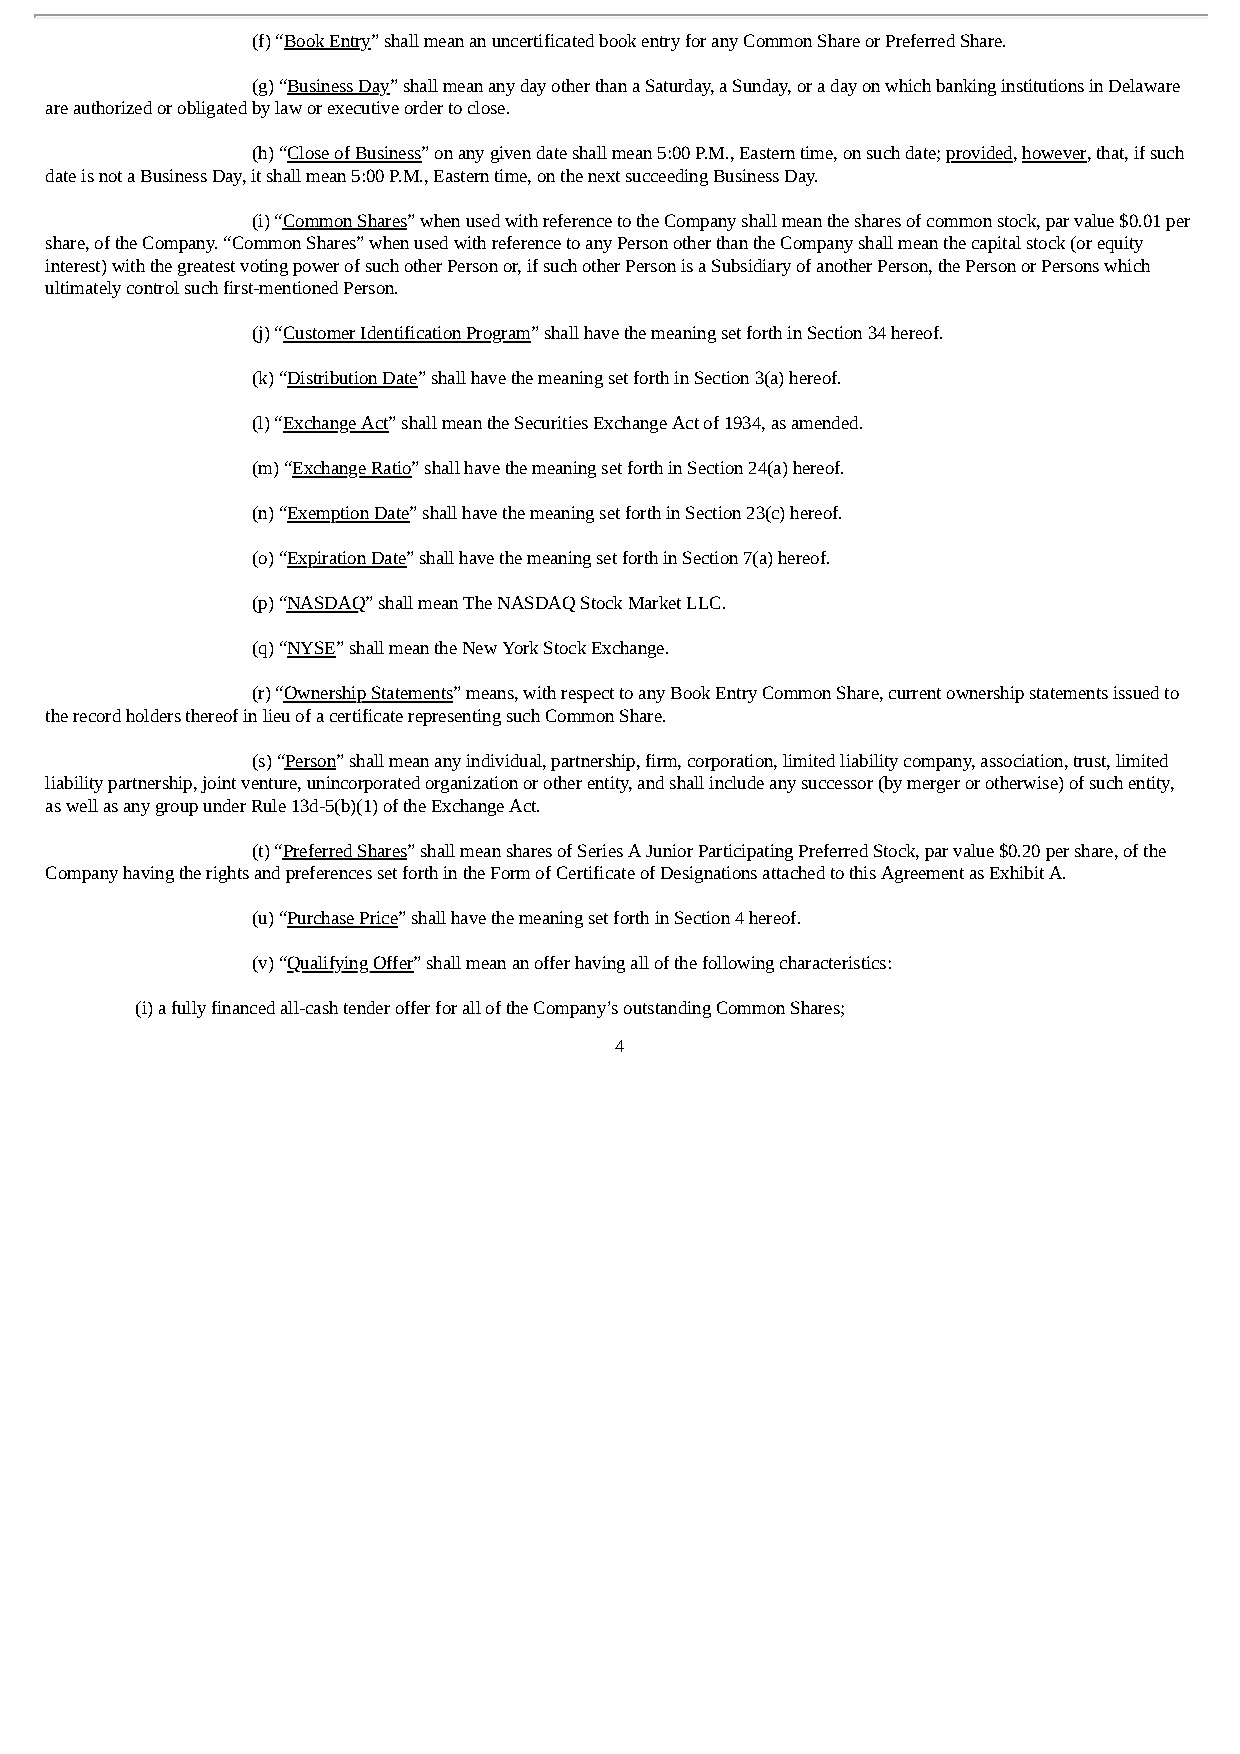
(f) “Book Entry” shall mean an uncertificated book entry for any Common Share or Preferred Share.
 (g) “Business Day” shall mean any day other than a Saturday, a Sunday, or a day on which banking institutions in Delaware
 are authorized or obligated by law or executive order to close.
 (h) “Close of Business” on any given date shall mean 5:00 P.M., Eastern time, on such date; provided, however, that, if such
 date is not a Business Day, it shall mean 5:00 P.M., Eastern time, on the next succeeding Business Day.
 (i) “Common Shares” when used with reference to the Company shall mean the shares of common stock, par value $0.01 per
 share, of the Company. “Common Shares” when used with reference to any Person other than the Company shall mean the capital stock (or equity
 interest) with the greatest voting power of such other Person or, if such other Person is a Subsidiary of another Person, the Person or Persons which
 ultimately control such first-mentioned Person.
 (j) “Customer Identification Program” shall have the meaning set forth in Section 34 hereof.
 (k) “Distribution Date” shall have the meaning set forth in Section 3(a) hereof.
 (l) “Exchange Act” shall mean the Securities Exchange Act of 1934, as amended.
 (m) “Exchange Ratio” shall have the meaning set forth in Section 24(a) hereof.
 (n) “Exemption Date” shall have the meaning set forth in Section 23(c) hereof.
 (o) “Expiration Date” shall have the meaning set forth in Section 7(a) hereof.
 (p) “NASDAQ” shall mean The NASDAQ Stock Market LLC.
 (q) “NYSE” shall mean the New York Stock Exchange.
 (r) “Ownership Statements” means, with respect to any Book Entry Common Share, current ownership statements issued to
 the record holders thereof in lieu of a certificate representing such Common Share.
 (s) “Person” shall mean any individual, partnership, firm, corporation, limited liability company, association, trust, limited
 liability partnership, joint venture, unincorporated organization or other entity, and shall include any successor (by merger or otherwise) of such entity,
 as well as any group under Rule 13d-5(b)(1) of the Exchange Act.
 (t) “Preferred Shares” shall mean shares of Series A Junior Participating Preferred Stock, par value $0.20 per share, of the
 Company having the rights and preferences set forth in the Form of Certificate of Designations attached to this Agreement as Exhibit A.
 (u) “Purchase Price” shall have the meaning set forth in Section 4 hereof.
 (v) “Qualifying Offer” shall mean an offer having all of the following characteristics:
 (i) a fully financed all-cash tender offer for all of the Company’s outstanding Common Shares;
 4